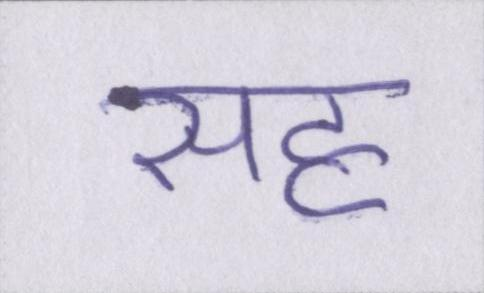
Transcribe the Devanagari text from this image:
सह